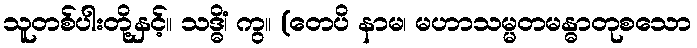
သူတစ်ပါးတို့နှင့်။ သဒ္ဓိံ၊ ကွ။ (တေပိ နာမ၊ မဟာသမ္မတမန္ဓာတုစသော